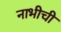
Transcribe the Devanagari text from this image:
नाभीची